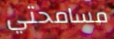
مسامحتي